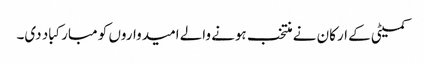
کمیٹی کے ارکان نے منتخب ہونے والے امیدواروں کو مبارکباد دی۔